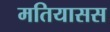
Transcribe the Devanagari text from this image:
मतियासस